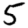
Digit: 5